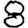
Digit: 8